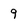
Character: 9